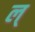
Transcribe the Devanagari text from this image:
ल्‌